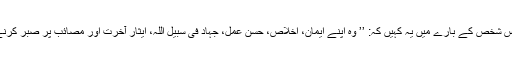
درحقیقت اس تمہید سے آپ پر یہ واضح ہوجائے گا کہ ہم جس شخص کے بارے میں یہ کہیں کہ: ’’ وہ اپنے ایمان، اخلاص، حسنِ عمل، جہاد فی سبیل اللہ، ایثارِ آخرت اور مصائب پر صبر کرنے اور اتباعِ سنت جیسے کمالات میں صحابہؓ کے مشابہ ہے۔